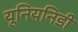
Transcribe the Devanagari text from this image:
यूनियनिडी